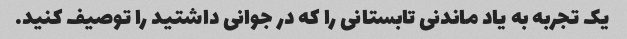
یک تجربه به یاد ماندنی تابستانی را که در جوانی داشتید را توصیف کنید.